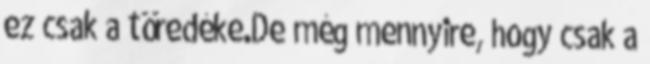
ez csak a töredéke.De még mennyire, hogy csak a